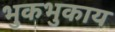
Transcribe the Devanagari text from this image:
भुकभुकाय